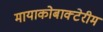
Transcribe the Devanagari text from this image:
मायाकोबाक्टेरीम